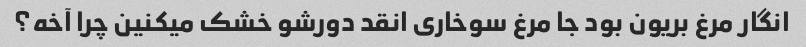
انگار مرغ بریون بود جا مرغ سوخاری انقد دورشو خشک میکنین چرا آخه؟